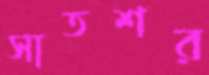
সাতশর